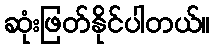
ဆုံးဖြတ်နိုင်ပါတယ်။